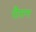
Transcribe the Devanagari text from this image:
रौग़न